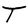
Character: T